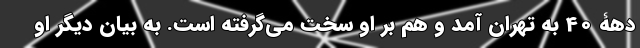
دهۀ 40 به تهران آمد و هم بر او سخت می‌گرفته است. به بیان دیگر او